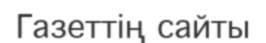
Газеттің сайты